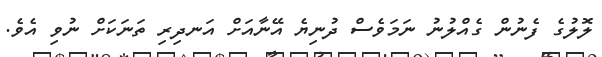
ލޮލުގެ ފެނުން ގެއްލުނު ނަމަވެސް ދުނިޔެ އޭނާއަށް އަނދިރި ތަނަކަށް ނުވި އެވެ.